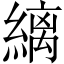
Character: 縭